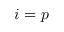
i = p